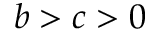
b > c > 0